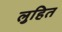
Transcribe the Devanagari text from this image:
लुहित